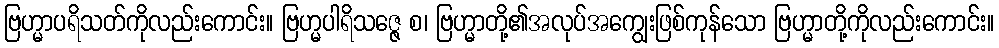
ဗြဟ္မာပရိသတ်ကိုလည်းကောင်း။ ဗြဟ္မပါရိသဇ္ဇေ စ၊ ဗြဟ္မာတို့၏အလုပ်အကျွေးဖြစ်ကုန်သော ဗြဟ္မာတို့ကိုလည်းကောင်း။